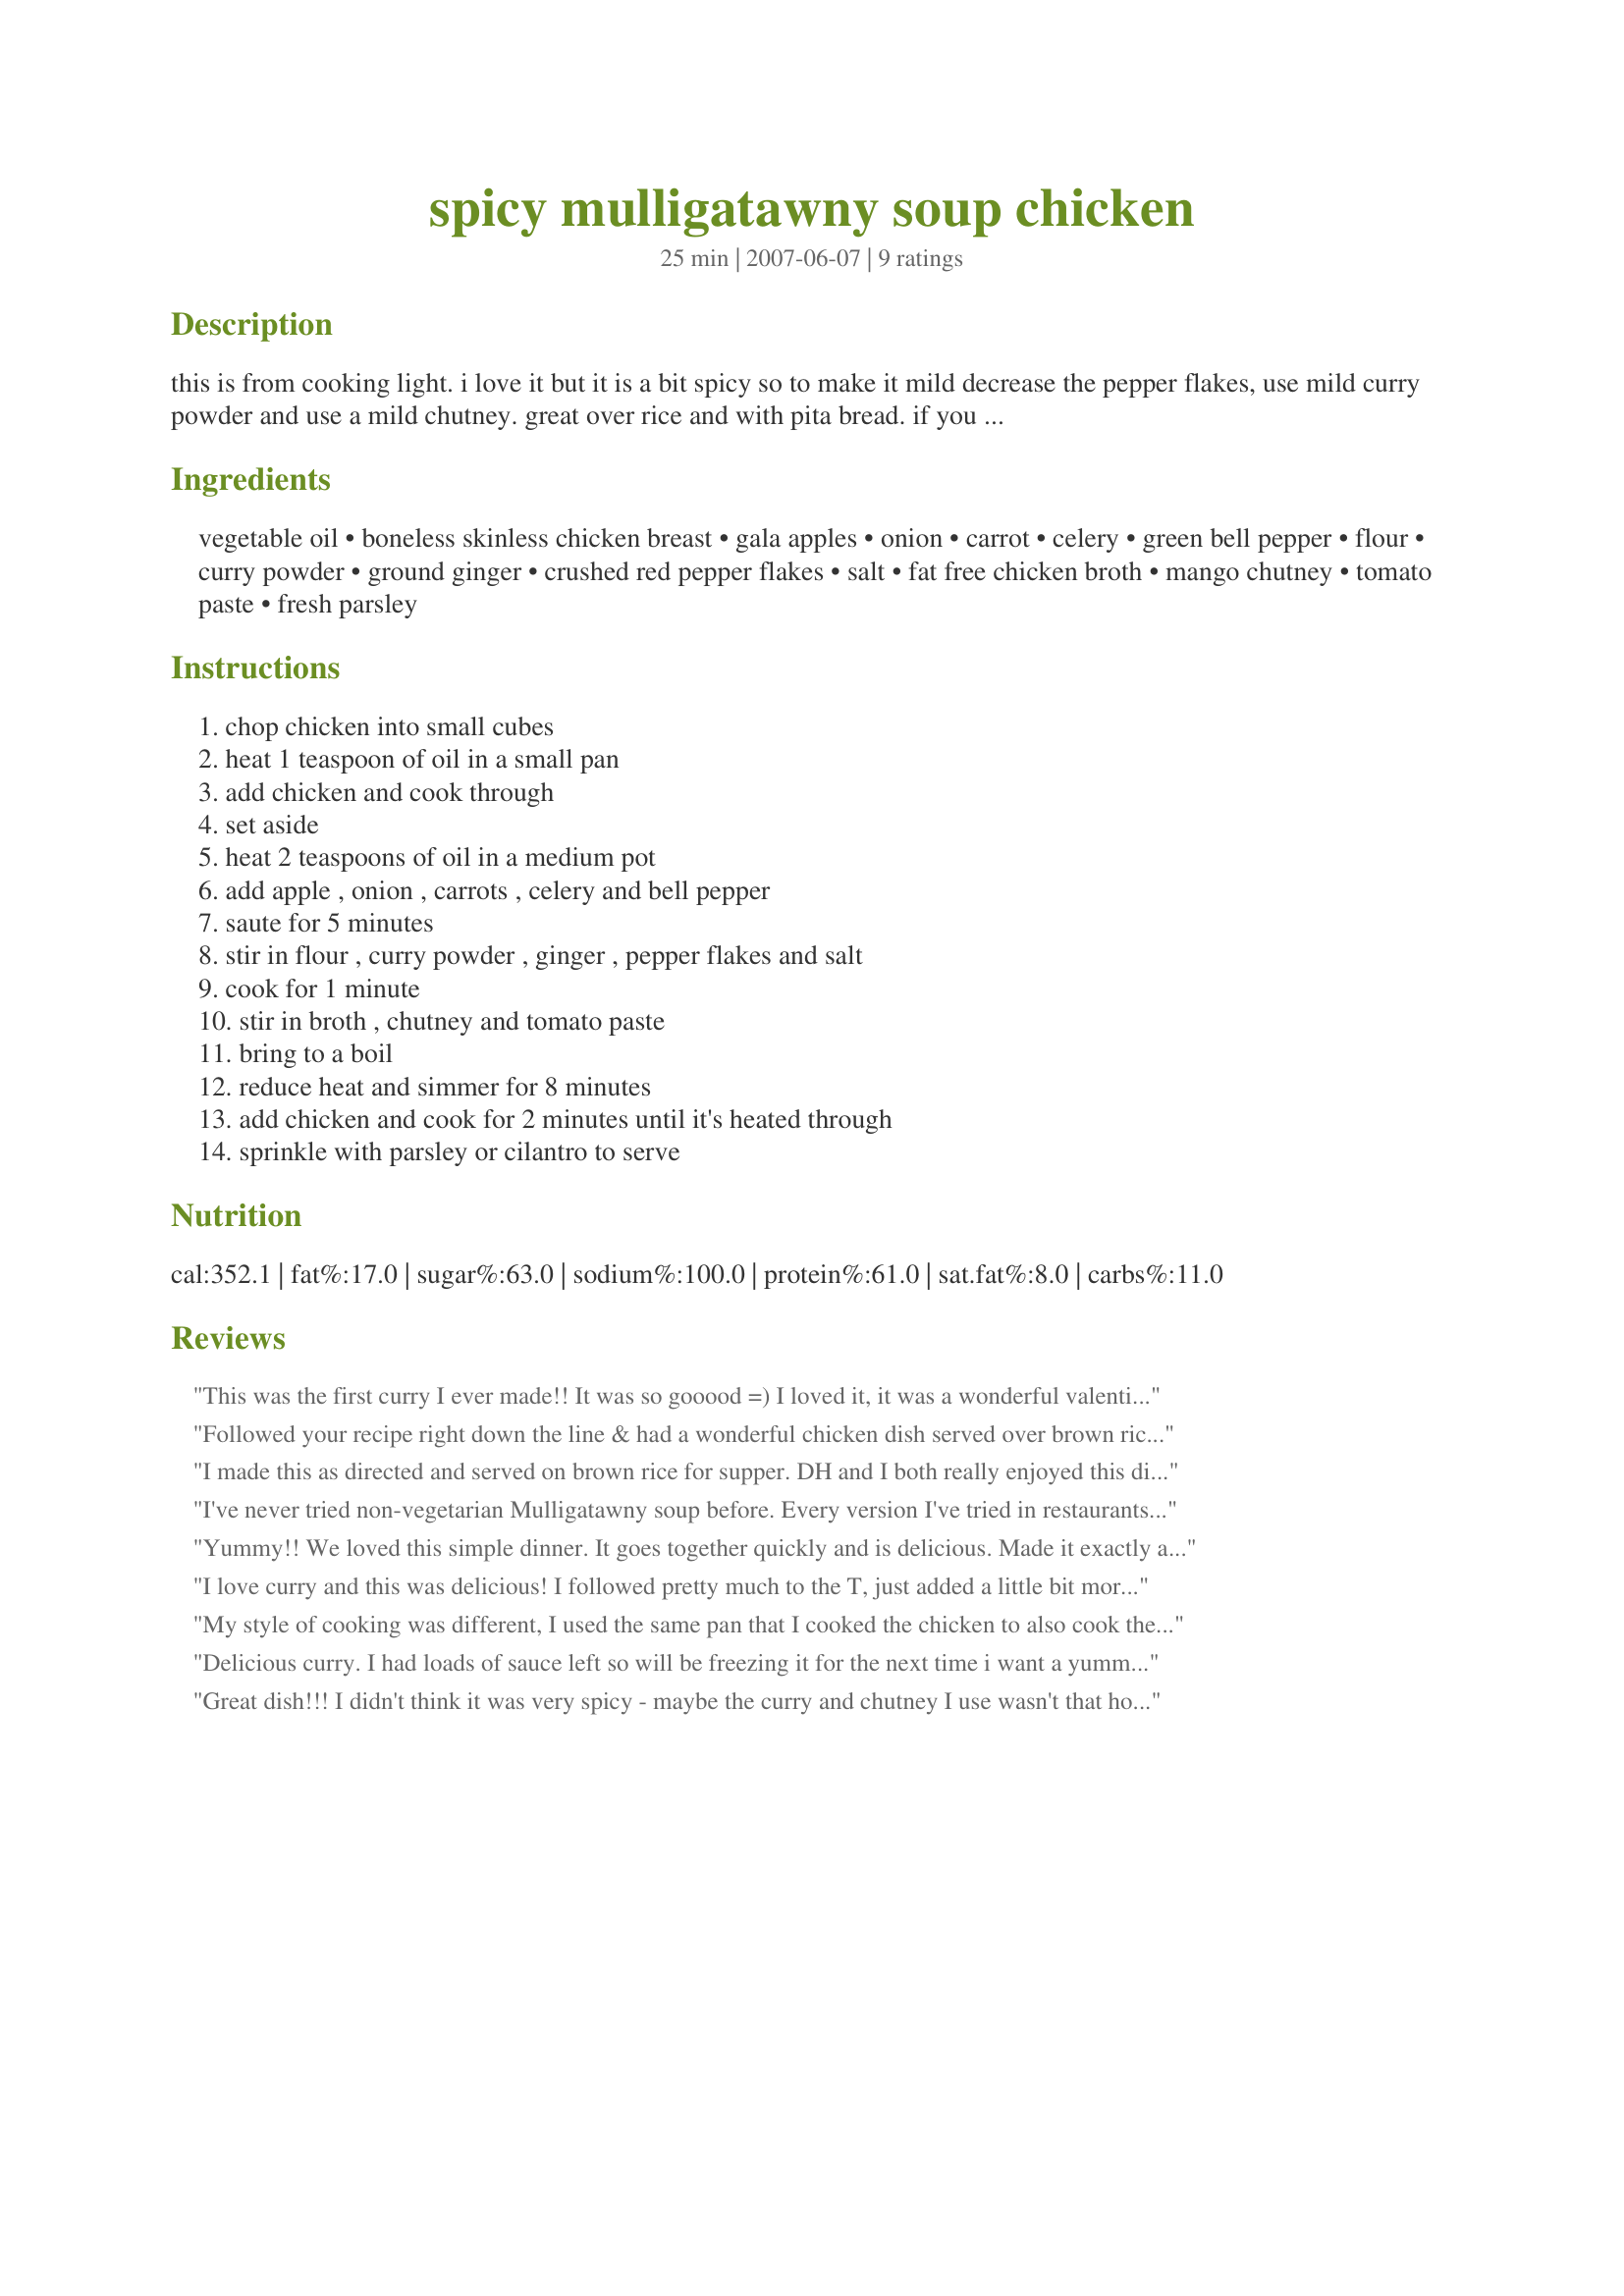
spicy mulligatawny soup chicken
Preparation time: 25 minutes

this is from cooking light. i love it but it is a bit spicy so to make it mild decrease the pepper flakes, use mild curry powder and use a mild chutney. great over rice and with pita bread. if you make it spicy, it's wonderful with cucumber raita to cool it off!

Ingredients:
vegetable oil, boneless skinless chicken breast, gala apples, onion, carrot, celery, green bell pepper, flour, curry powder, ground ginger, crushed red pepper flakes, salt, fat free chicken broth, mango chutney, tomato paste, fresh parsley

Steps:
chop chicken into small cubes, heat 1 teaspoon of oil in a small pan, add chicken and cook through, set aside, heat 2 teaspoons of oil in a medium pot, add apple , onion , carrots , celery and bell pepper, saute for 5 minutes, stir in flour , curry powder , ginger , pepper flakes and salt, cook for 1 minute, stir in broth , chutney and tomato paste, bring to a boil, reduce heat and simmer for 8 minutes, add chicken and cook for 2 minutes until it's heated through, sprinkle with parsley or cilantro to serve

Reviews:
This was the first curry I ever made!! It was so gooood =) I loved it, it was a wonderful valentines dinner. I added probably to much chicken, so I added a little more of everything else. I added one small can of tomato paste, which I am not sure if that was a lot more than i should have, but next time I wont add any ..or just a teaspoon. It tasted 110% without the paste, but about 108% with. Thanks for the 5 star recipe =)
Followed your recipe right down the line & had a wonderful chicken dish served over brown rice! Another time I'd like to try it with homemade chutney! An all-around keeper! [Tagged, made & reviewed in Please Review My Recipe cooking game]
I made this as directed and served on brown rice for supper. DH and I both really enjoyed this dish! Perfect for Fall!! 123 tag.
I've never tried non-vegetarian Mulligatawny soup before. Every version I've tried in restaurants is vegetarian, some with lentils, most without. This was very good. I had some leftover soup chicken from making stock from bones. Also used a quart of that stock instead of canned. Instead of tomato paste I used 3 medium tomatoes that were on their way out. Last change was to use half the amount of mango chutney because it would have been a little too strong. The advantage of using my own stock is I contolled the salt content completely. Bear in mind this is a soup, the photo shows it served over rice. You can always add more broth to ensure it's not quite so thick. My addition of the tomatoes and 4 ounces additional stock made the difference. As a soup, serve with naan or a couple of samosas and coconut chutney!
Yummy!! We loved this simple dinner. It goes together quickly and is delicious. Made it exactly as directed, served it over rice, and wouldn't change a thing. Thanks, Engrossed.
I love curry and this was delicious! I followed pretty much to the T, just added a little bit more of each veggie and 3/4 lb chicken. I also added 1 tsp turmeric and extra chutney. I will be making this again and again! I think raisins would be a really nice addition and will add them next time! Thank you for posting this.
My style of cooking was different, I used the same pan that I cooked the chicken to also cook the veggies, didn't want to waste the fond. Used Trader Joe's mango chutney.
Delicious curry. I had loads of sauce left so will be freezing it for the next time i want a yummy quick curry. I did add some cloves, star anise and cinnamon, personal taste. Thanks for posting it engrossed! Made for 123 tag in the games forum
Great dish!!! I didn't think it was very spicy - maybe the curry and chutney I use wasn't that hot. Anyway, both my boyfriend and I loved it, and I will certainly make it again in the future. Thanks!!
